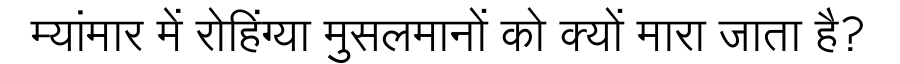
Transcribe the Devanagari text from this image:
म्यांमार में रोहिंग्या मुसलमानों को क्यों मारा जाता है?